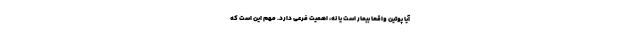
آیا پوتین واقعا بیمار است یا نه، اهمیت فرعی دارد. مهم این است که